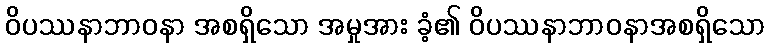
ဝိပဿနာဘာဝနာ အစရှိသော အမှုအား ခံ့၏ ဝိပဿနာဘာဝနာအစရှိသော